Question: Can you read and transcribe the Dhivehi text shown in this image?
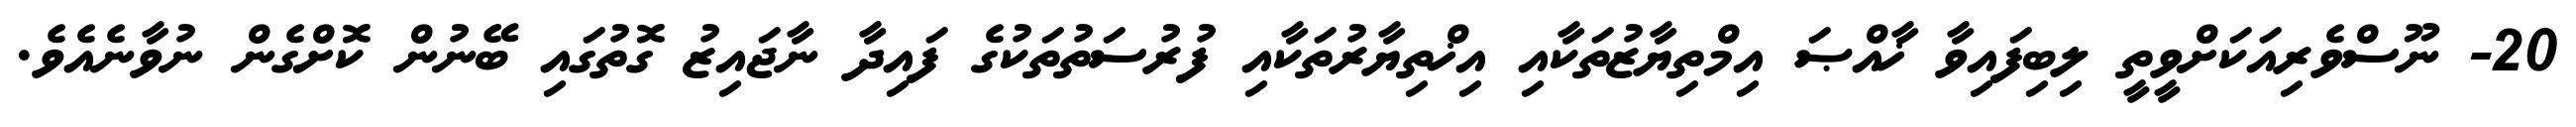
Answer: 20- ނޫސްވެރިއަކަށްވީތީ ލިބިފައިވާ ޚާއްޞަ އިމްތިޔާޒުތަކާއި އިޚްތިޔާރުތަކާއި ފުރުސަތުތަކުގެ ފައިދާ ނާޖައިޒު ގޮތުގައި ބޭނުން ކޮށްގެން ނުވާނެއެވެ.